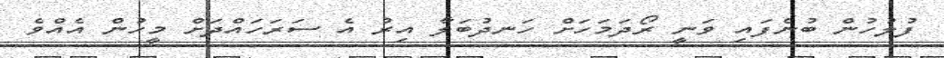
ފުލުހުން ބުނެފައި ވަނީ ރޯދަމަހަށް ހަނދުބަލާ އިރު އެ ސަރަހައްދަށް މީހުން އެއްވެ